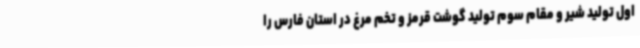
اول تولید شیر و مقام سوم تولید گوشت قرمز و تخم مرغ در استان فارس را